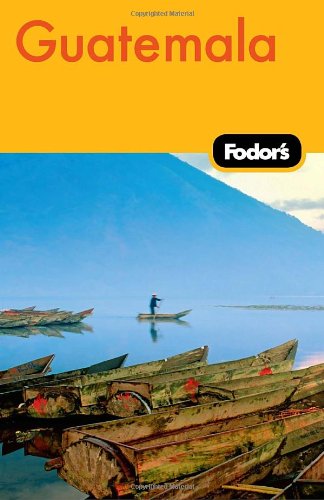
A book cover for Fodor's Guatemala, 2nd Edition (Travel Guide); Fodor's; Travel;